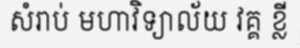
សំរាប់ មហាវិទ្យាល័យ វគ្គ ខ្លី